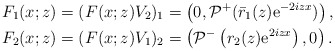
\begin{align*}&F_1(x ; z)=(F(x ; z)V_2)_1=\left(0, \mathcal{P}^{+}(\bar{r}_1(z) \mathrm{e}^{-2 i z x})\right),\\&F_2(x ; z)=(F(x ; z)V_1)_2=\left(\mathcal{P}^{-}\left(r_2(z) \mathrm{e}^{2 i z x}\right), 0\right).\end{align*}